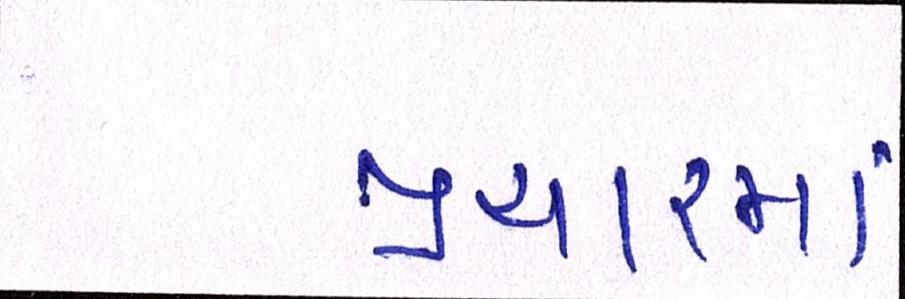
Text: પ્રચારમાં